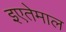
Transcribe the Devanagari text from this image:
इएतेमाल